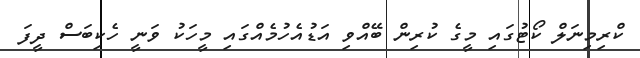
ކްރިމިނަލް ކޯޓުގައި މީގެ ކުރިން ބޭއްވި އަޑުއެހުމެއްގައި މީހަކު ވަނީ ހެކިބަސް ދީފަ